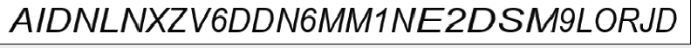
AIDNLNXZV6DDN6MM1NE2DSM9LORJD